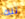
تلك